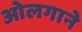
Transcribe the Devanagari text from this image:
ओलगाने